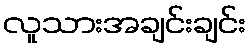
လူသားအချင်းချင်း